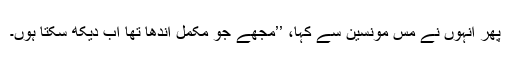
پھر اُنہوں نے مس مونسین سے کہا، ’’مجھے جو مکمل اندھا تھا اب دیکھ سکتا ہوں۔